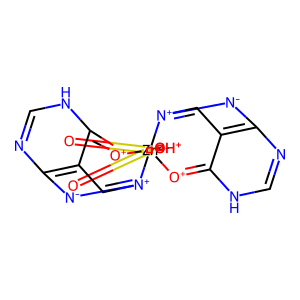
SMILES: O=S1(=O)[OH+][Zn-4]23([O+]=C4NC=Nc5[n-][n+]2cc54)([O+]=C2NC=Nc4[n-][n+]3cc42)[OH+]1
Inhibits HIV replication: No